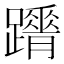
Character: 𨇋